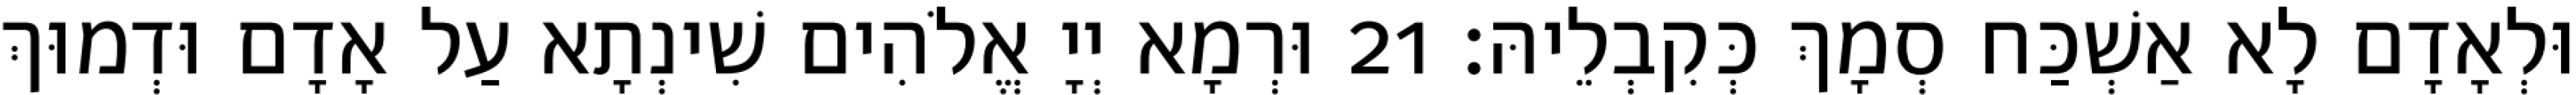
וּלְאָדָם לָא אַשְׁכַּח סְמָךְ כְּקִבְלֵיהּ׃ 21 וּרְמָא יְיָ אֱלֹהִים שִׁינְתָא עַל אָדָם וּדְמוּךְ